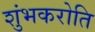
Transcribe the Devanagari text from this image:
शुंभकरोति